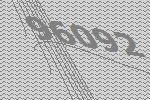
96092